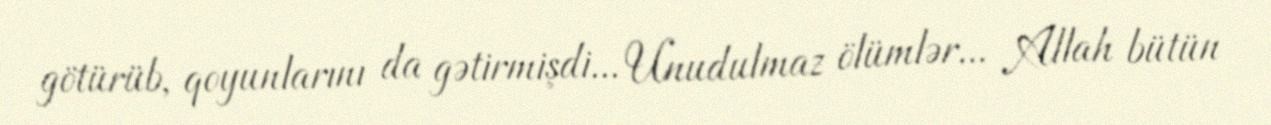
götürüb, qoyunlarını da gətirmişdi... Unudulmaz ölümlər... Allah bütün